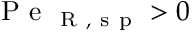
\mathrm { ~ P ~ e ~ } _ { \mathrm { ~ R ~ , ~ s ~ p ~ } } > 0